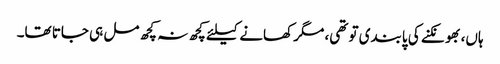
ہاں، بھونکنے کی پابندی تو تھی، مگر کھانے کیلئے کچھ نہ کچھ مل ہی جاتا تھا۔